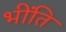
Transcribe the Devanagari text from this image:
भींति